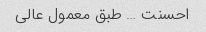
احسنت … طبق معمول عالی